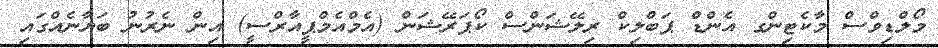
މޯލްޑިވްސް މާކެޓިންގ އެންޑް ޕަބްލިކް ރިލޭޝަންސް ކޯޕަރޭޝަން (އެމްއެމްޕީއާރްސީ) އިން ނެރުނު ބަޔާނެއްގައި